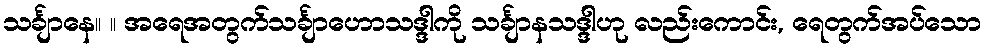
သင်္ချာနေ။ ။ အရေအတွက်သင်္ချာဟောသဒ္ဒါကို သင်္ချာနသဒ္ဒါဟု လည်းကောင်း, ရေတွက်အပ်သော